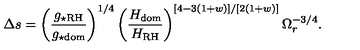
\Delta s = \left( \frac { g _ { \star \mathrm { R H } } } { g _ { \star \mathrm { d o m } } } \right) ^ { 1 / 4 } \left( \frac { H _ { \mathrm { d o m } } } { H _ { \mathrm { R H } } } \right) ^ { [ 4 - 3 ( 1 + w ) ] / [ 2 ( 1 + w ) ] } \Omega _ { r } ^ { - 3 / 4 } .